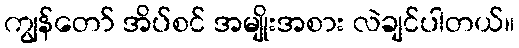
ကျွန်တော် အိပ်စင် အမျိုးအစား လဲချင်ပါတယ်။